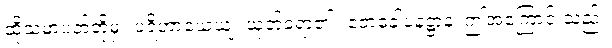
ထိုသမာပတ်တို့မှ။ ပရိဟာယေယျ၊ ယုတ်ခဲ့ရာ၏။ ဧတံခေါပနဋ္ဌာနံ၊ ဤအကြောင်းသည်။